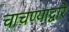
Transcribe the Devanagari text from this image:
चाचण्याद्वारे